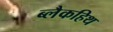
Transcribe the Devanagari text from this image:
ब्लैकहिथ